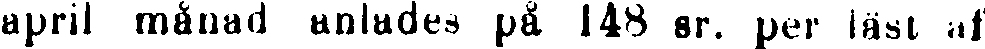
april månad anlades på 148 sr. per läst af